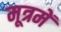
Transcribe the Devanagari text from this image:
मूत्रमें